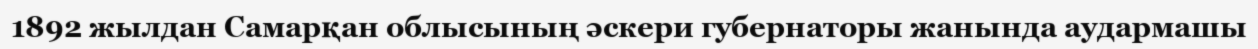
1892 жылдан Самарқан облысының әскери губернаторы жанында аудармашы